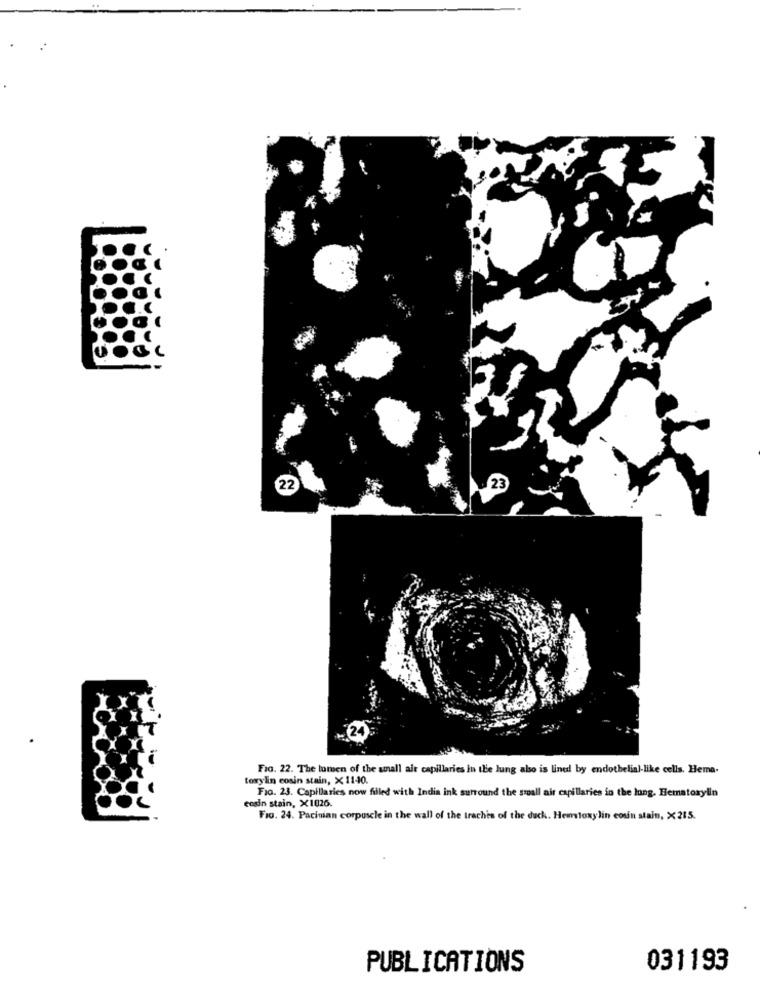
22
Fio. 22. The lomen of the small air capillaries in the lung also is lined by endothelial-like cells. Hema.
torylin cosin stain, X11-40.
Fio. 23. Capillaries now filled with India ink surround the small air capillaries in the long. Bematorylin
codin stain, X1026.
Fig. 24. Pacinian corpuscle in the wall of the trachis of the duck. Hematoxylin cosin stain, X215.
PUBLICATIONS
031193